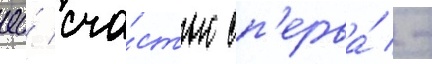
ео́ сча́стью сп'ерва́ -